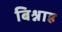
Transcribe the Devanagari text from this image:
बिश्नाह